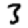
Digit: 3